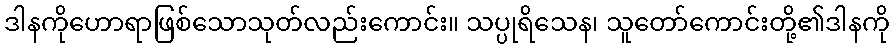
ဒါနကိုဟောရာဖြစ်သောသုတ်လည်းကောင်း။ သပ္ပုရိသေန၊ သူတော်ကောင်းတို့၏ဒါနကို